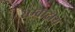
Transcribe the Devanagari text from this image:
सम्वाद्नीय